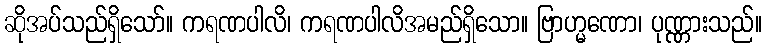
ဆိုအပ်သည်ရှိသော်။ ကရဏပါလိ၊ ကရဏပါလိအမည်ရှိသော။ ဗြာဟ္မဏော၊ ပုဏ္ဏားသည်။